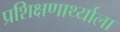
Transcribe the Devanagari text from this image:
प्रशिक्षणार्थ्याला